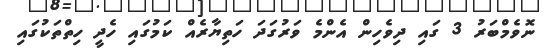
ނޮވެމްބަރު 3 ގައި ދިވެހިން އެންމެ ވަރުގަދަ ހަތިޔާރެއް ކަމުގައި ހެދީ ހިތްތަކުގައި